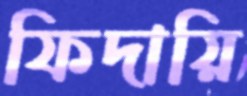
ফিদায়ি